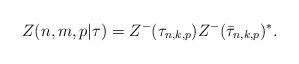
LaTeX: \begin{align*}Z(n,m,p|\tau)=Z^{-}(\tau_{n,k,p})Z^{-}(\bar{\tau}_{n,k,p})^{*}.\end{align*}